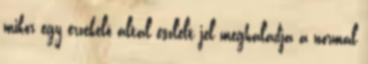
mikor egy érzékelõ által észlelt jel meghaladja a normál